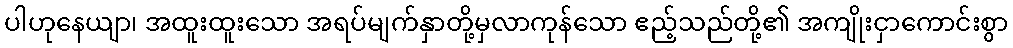
ပါဟုနေယျာ၊ အထူးထူးသော အရပ်မျက်နှာတို့မှလာကုန်သော ဧည့်သည်တို့၏ အကျိုးငှာကောင်းစွာ